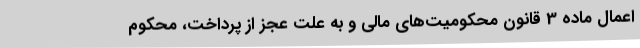
اعمال ماده 3 قانون محکومیت‌های مالی و به علت عجز از پرداخت، محکوم